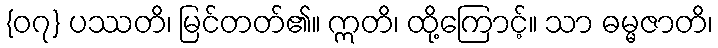
{၀၇} ပဿတိ၊ မြင်တတ်၏။ ဣတိ၊ ထို့ကြောင့်။ သာ ဓမ္မဇာတိ၊